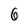
Character: 6